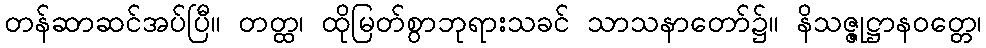
တန်ဆာဆင်အပ်ပြီ။ တတ္ထ၊ ထိုမြတ်စွာဘုရားသခင် သာသနာတော်၌။ နိသဇ္ဇုဋ္ဌာနဝတ္တေ၊